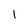
Character: 1